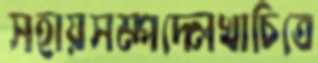
সহায়সম্পদ্‌লেখাচিত্রে